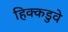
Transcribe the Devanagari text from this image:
हिक्कडुवे